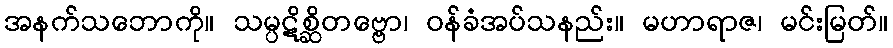
အနက်သဘောကို။ သမ္ပဋိစ္ဆိတဗ္ဗော၊ ဝန်ခံအပ်သနည်း။ မဟာရာဇ၊ မင်းမြတ်။